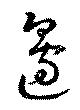
辺